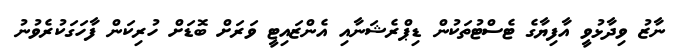
ނާޒު ވިދާޅުވީ އާފިޔާގެ ޓެސްޓުތަކުން ޑިޕްރެޝަނާއި އެންޒައިޓީ ވަރަށް ބޮޑަށް ހުރިކަން ފާހަގަކުރެވުނު